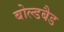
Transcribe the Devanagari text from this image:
बोल्डबैड